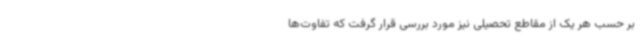
بر حسب هر یک از مقاطع تحصیلی نیز مورد بررسی قرار گرفت که تفاوت‌ها